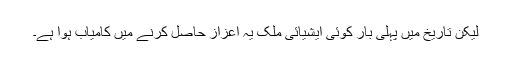
لیکن تاریخ میں پہلی بار کوئی ایشیائی ملک یہ اعزاز حاصل کرنے میں کامیاب ہوا ہے۔